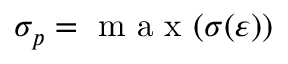
\sigma _ { p } = \mathrm { ~ m ~ a ~ x ~ } ( \sigma ( \varepsilon ) )